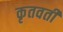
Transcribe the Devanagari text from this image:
कृतवती